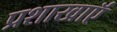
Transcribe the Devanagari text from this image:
प्रशाखाऍं